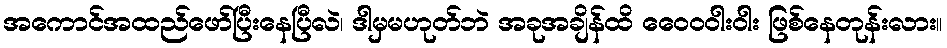
အကောင်အထည်ဖော်ပြီးနေပြီလဲ၊ ဒါမှမဟုတ်ဘဲ အခုအချိန်ထိ ဝေေ၀ဝါးဝါး ဖြစ်နေတုန်းလား။